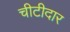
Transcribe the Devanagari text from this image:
चीटीदार